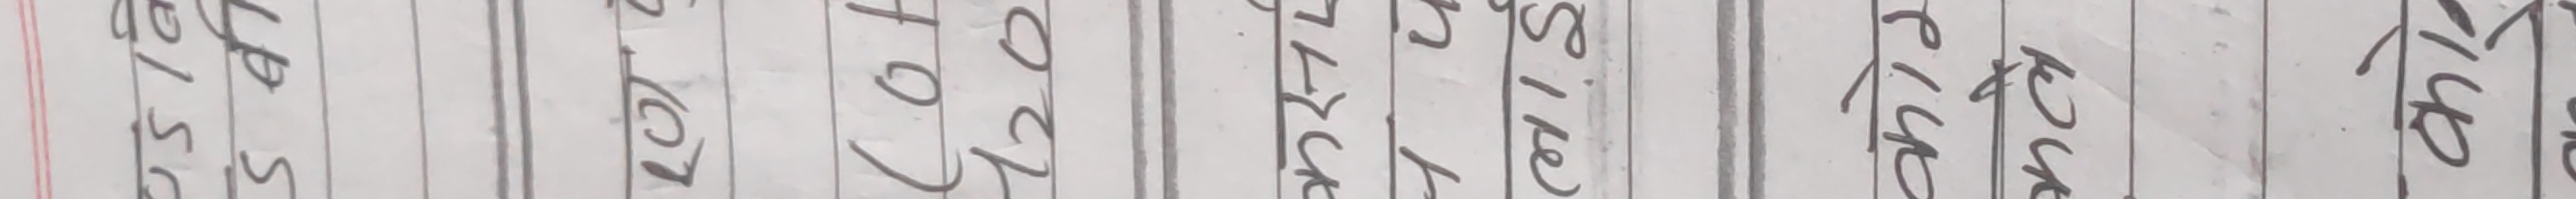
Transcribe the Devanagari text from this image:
एस.एल.एस 16/05/208
टोटल 120
ट्रलीक
साईज
एक्ट्रा
डल्चर